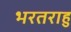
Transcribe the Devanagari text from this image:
भरतराहु